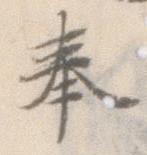
奉